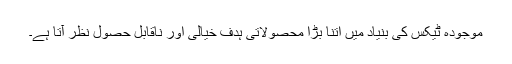
موجودہ ٹیکس کی بنیاد میں اتنا بڑا محصولاتی ہدف خیالی اور ناقابل حصول نظر آتا ہے۔